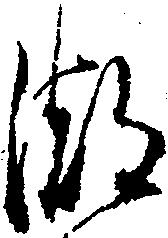
潮